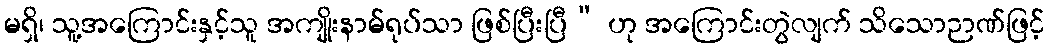
မရှိ၊ သူ့အကြောင်းနှင့်သူ အကျိုးနာမ်ရုပ်သာ ဖြစ်ပြီးပြီ” ဟု အကြောင်းတွဲလျက် သိသောဉာဏ်ဖြင့်